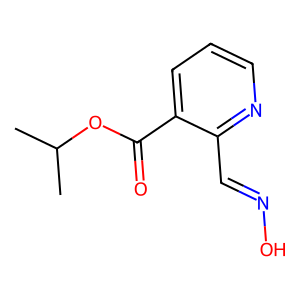
SMILES: CC(C)OC(=O)c1cccnc1C=NO
Inhibits HIV replication: No